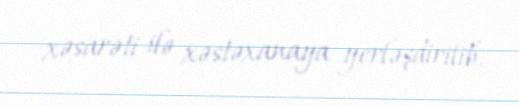
xəsarəti ilə xəstəxanaya yerləşdirilib.